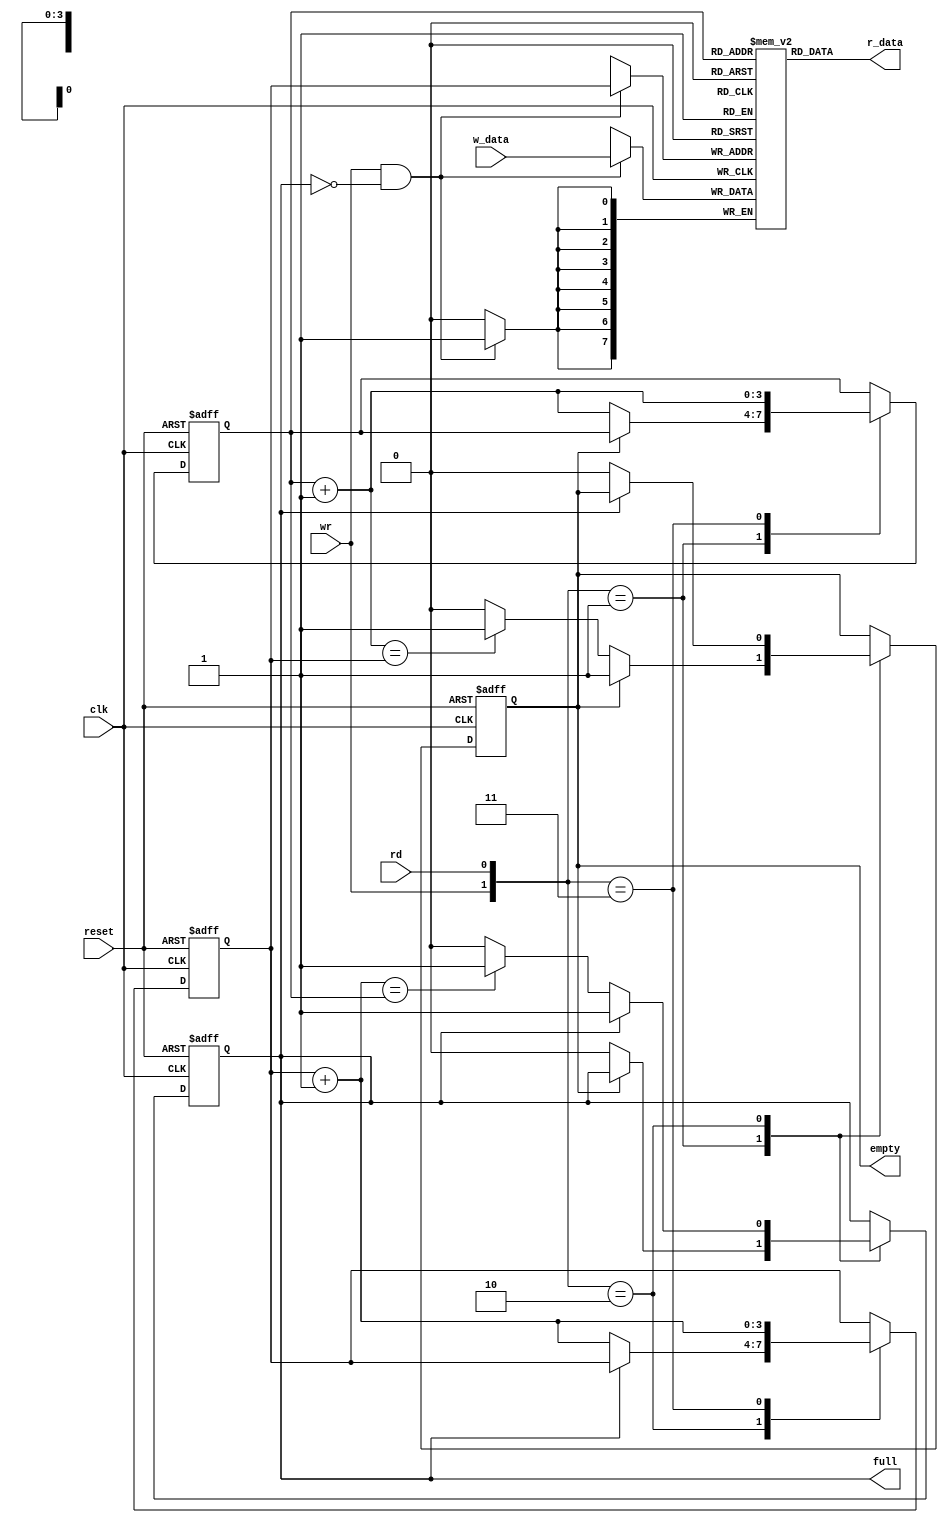
module fifo#(parameter B=8, // number of bits in a word 
                       W=4  // number of address bits
            )
   (
    input wire clk, reset,
    input wire rd, wr,
    input wire [B-1:0] w_data,
    output wire empty, full,
    output wire [B-1:0] r_data
   );

   
   reg [B-1:0] array_reg [2**W-1:0];
   reg [W-1:0] w_ptr_reg, w_ptr_next, w_ptr_succ;
   reg [W-1:0] r_ptr_reg, r_ptr_next, r_ptr_succ;
   reg full_reg, empty_reg, full_next, empty_next;
   wire wr_en;

   
   always @(posedge clk)
      if (wr_en)
         array_reg[w_ptr_reg] <= w_data;
   
   assign r_data = array_reg[r_ptr_reg];
   
   assign wr_en = wr & ~full_reg;

  
   always @(posedge clk, posedge reset)
      if (reset)
         begin
            w_ptr_reg <= 0;
            r_ptr_reg <= 0;
            full_reg <= 1'b0;
            empty_reg <= 1'b1;
         end
      else
         begin
            w_ptr_reg <= w_ptr_next;
            r_ptr_reg <= r_ptr_next;
            full_reg <= full_next;
            empty_reg <= empty_next;
         end

   
   always @*
   begin
     
      w_ptr_succ = w_ptr_reg + 1;
      r_ptr_succ = r_ptr_reg + 1;
      
      w_ptr_next = w_ptr_reg;
      r_ptr_next = r_ptr_reg;
      full_next = full_reg;
      empty_next = empty_reg;
      case ({wr, rd})
         // 2'b00:  no op
         2'b01: // read
            if (~empty_reg) 
               begin
                  r_ptr_next = r_ptr_succ;
                  full_next = 1'b0;
                  if (r_ptr_succ==w_ptr_reg)
                     empty_next = 1'b1;
               end
         2'b10: // write
            if (~full_reg) 
               begin
                  w_ptr_next = w_ptr_succ;
                  empty_next = 1'b0;
                  if (w_ptr_succ==r_ptr_reg)
                     full_next = 1'b1;
               end
         2'b11: 
            begin
               w_ptr_next = w_ptr_succ;
               r_ptr_next = r_ptr_succ;
            end
      endcase
   end

  
   assign full = full_reg;
   assign empty = empty_reg;

endmodule